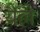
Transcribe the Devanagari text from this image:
यैल्लै